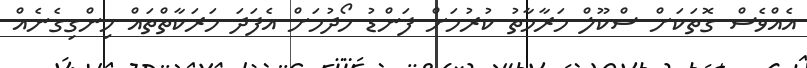
އެއްވެސް ގޮތަކަށް ސްކޫލް މަރާމާތު ކުރުމަށް ފަންޑު ހޯދުމަށް އެފަދަ ހަރަކާތްތައް ހިންގިގެނެއް